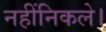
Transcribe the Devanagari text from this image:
नहींनिकले।